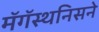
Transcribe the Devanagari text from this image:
मॅगॅस्थनिसने